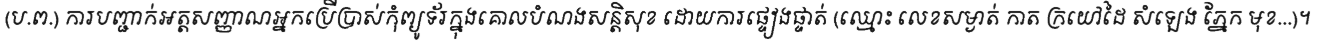
(ប.ព.) ការបញ្ជាក់អត្តសញ្ញាណអ្នកប្រើប្រាស់កុំព្យូទ័រក្នុងគោលបំណងសន្តិសុខ ដោយការផ្ទៀងផ្ទាត់ (ឈ្មោះ លេខសម្ងាត់ កាត ក្រយៅដៃ សំឡេង ភ្នែក មុខ...)។